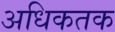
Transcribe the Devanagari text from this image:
अधिकतक